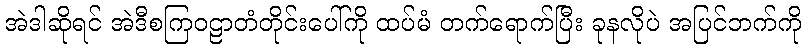
အဲဒါဆိုရင် အဲဒီစကြဝဠာတံတိုင်းပေါ်ကို ထပ်မံ တက်ရောက်ပြီး ခုနလိုပဲ အပြင်ဘက်ကို